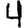
Digit: 4